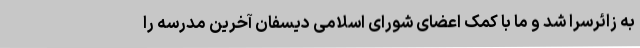
به زا‌ئرسرا شد و ما با کمک اعضای شورای اسلامی دیسفان آخرین مدرسه را